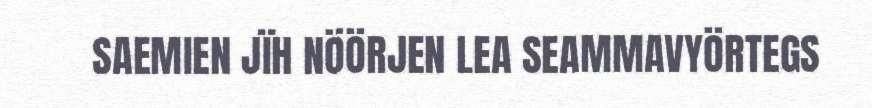
SAEMIEN JÏH NÖÖRJEN LEA SEAMMAVYÖRTEGS